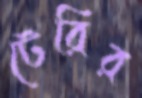
টেরির